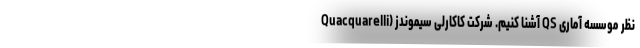
نظر موسسه آماری QS آشنا کنیم. شرکت کاکارلی سیموندز (Quacquarelli